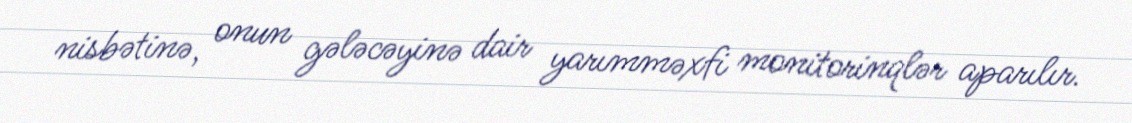
nisbətinə, onun gələcəyinə dair yarımməxfi monitorinqlər aparılır.